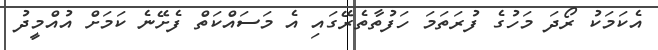
އެކަމަކު ރޯދަ މަހުގެ ފުރަތަމަ ހަފުތާތެރޭގައި އެ މަސައްކަތް ފެށޭނެ ކަމަށް އުއްމީދު